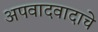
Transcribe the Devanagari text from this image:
अपवादवादाचे